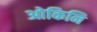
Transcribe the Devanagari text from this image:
ओकिनि